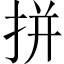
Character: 拼